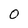
Character: 0